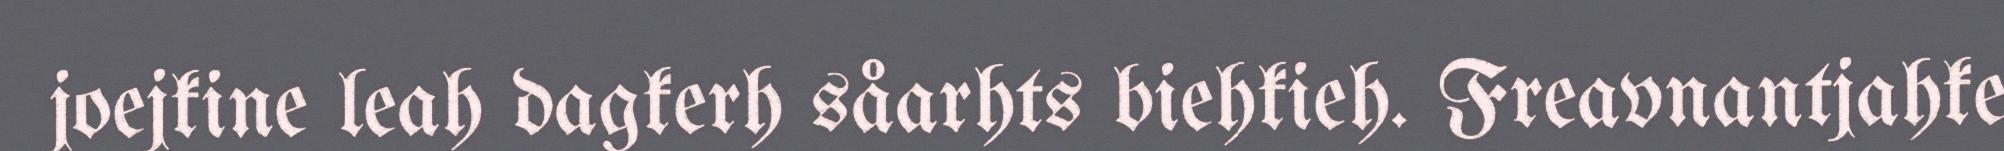
joejkine leah dagkerh såarhts biehkieh. Freavnantjahke